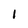
Character: I